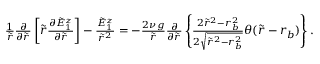
\begin{array} { r } { \frac { 1 } { \tilde { r } } \frac { \partial } { \partial \tilde { r } } \left[ \tilde { r } \frac { \partial \tilde { E } _ { 1 } ^ { z } } { \partial \tilde { r } } \right] - \frac { \tilde { E } _ { 1 } ^ { z } } { \tilde { r } ^ { 2 } } = - \frac { 2 \nu g } { \tilde { r } } \frac { \partial } { \partial \tilde { r } } \left\{ \frac { 2 \tilde { r } ^ { 2 } - r _ { b } ^ { 2 } } { 2 \sqrt { \tilde { r } ^ { 2 } - r _ { b } ^ { 2 } } } \theta ( \tilde { r } - r _ { b } ) \right\} . } \end{array}